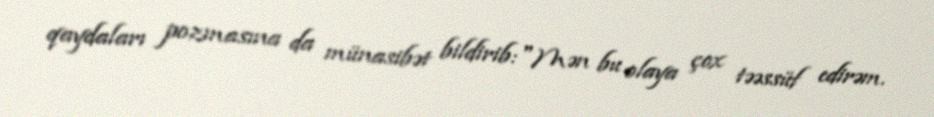
qaydaları pozmasına da münasibət bildirib:"Mən bu olaya çox təəssüf edirəm.